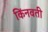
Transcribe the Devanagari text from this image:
किंनवती